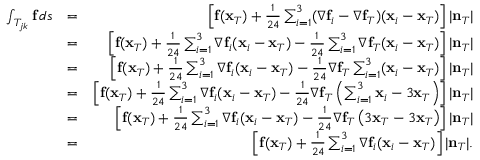
\begin{array} { r l r } { \int _ { T _ { j k } } { \bf f } \, d s } & { = } & { \left[ { \bf f } ( { \bf x } _ { T } ) + \frac { 1 } { 2 4 } \sum _ { i = 1 } ^ { 3 } ( \nabla { \bf f } _ { i } - \nabla { \bf f } _ { T } ) ( { \bf x } _ { i } - { \bf x } _ { T } ) \right] | { \bf n } _ { T } | } \\ & { = } & { \left[ { \bf f } ( { \bf x } _ { T } ) + \frac { 1 } { 2 4 } \sum _ { i = 1 } ^ { 3 } \nabla { \bf f } _ { i } ( { \bf x } _ { i } - { \bf x } _ { T } ) - \frac { 1 } { 2 4 } \sum _ { i = 1 } ^ { 3 } \nabla { \bf f } _ { T } ( { \bf x } _ { i } - { \bf x } _ { T } ) \right] | { \bf n } _ { T } | } \\ & { = } & { \left[ { \bf f } ( { \bf x } _ { T } ) + \frac { 1 } { 2 4 } \sum _ { i = 1 } ^ { 3 } \nabla { \bf f } _ { i } ( { \bf x } _ { i } - { \bf x } _ { T } ) - \frac { 1 } { 2 4 } \nabla { \bf f } _ { T } \sum _ { i = 1 } ^ { 3 } ( { \bf x } _ { i } - { \bf x } _ { T } ) \right] | { \bf n } _ { T } | } \\ & { = } & { \left[ { \bf f } ( { \bf x } _ { T } ) + \frac { 1 } { 2 4 } \sum _ { i = 1 } ^ { 3 } \nabla { \bf f } _ { i } ( { \bf x } _ { i } - { \bf x } _ { T } ) - \frac { 1 } { 2 4 } \nabla { \bf f } _ { T } \left( \sum _ { i = 1 } ^ { 3 } { \bf x } _ { i } - 3 { \bf x } _ { T } \right) \right] | { \bf n } _ { T } | } \\ & { = } & { \left[ { \bf f } ( { \bf x } _ { T } ) + \frac { 1 } { 2 4 } \sum _ { i = 1 } ^ { 3 } \nabla { \bf f } _ { i } ( { \bf x } _ { i } - { \bf x } _ { T } ) - \frac { 1 } { 2 4 } \nabla { \bf f } _ { T } \left( 3 { \bf x } _ { T } - 3 { \bf x } _ { T } \right) \right] | { \bf n } _ { T } | } \\ & { = } & { \left[ { \bf f } ( { \bf x } _ { T } ) + \frac { 1 } { 2 4 } \sum _ { i = 1 } ^ { 3 } \nabla { \bf f } _ { i } ( { \bf x } _ { i } - { \bf x } _ { T } ) \right] | { \bf n } _ { T } | . } \end{array}